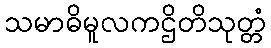
သမာဓိမူလကဌိတိသုတ္တံ